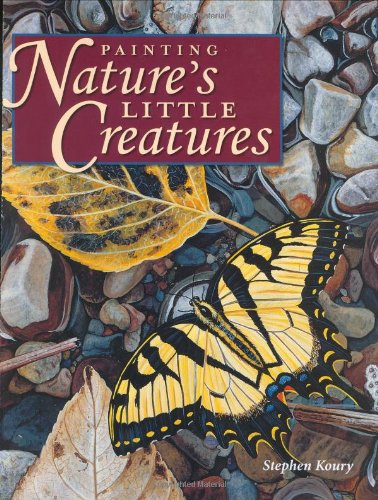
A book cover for Painting Nature's Little Creatures; Stephen Koury; Arts & Photography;